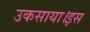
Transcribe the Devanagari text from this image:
उकसाया।इस